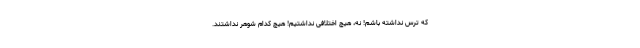
که ترس نداشته باشم! نه، هیچ اختلافی نداشتیم! هیچ کدام شوهر نداشتند.